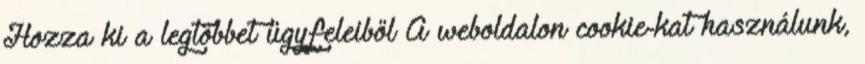
Hozza ki a legtöbbet ügyfeleiből A weboldalon cookie-kat használunk,